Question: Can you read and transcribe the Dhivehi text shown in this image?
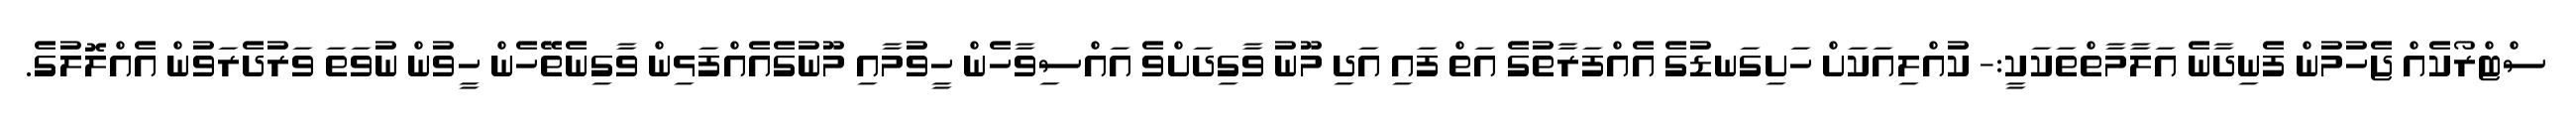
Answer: ސްޓްރޯކެއް ޖެހުމުން ފެނިދާނެ އަލާމާތްތަކަކީ:- ކުއްލިއަކަށް ހަށިގަނޑުގެ އެއްފަރާތުގެ އަތް ފައި އަދި މޫނު ވާގިދަށްވެ އައްސިވާހެން ހީވުމާއި މޫނުގެއެއްފަޅިން ވާގިނެތޭހެން ހީވުން ނުވަތަ ވަރުދެރަވުން އެއްލޮލުގެ.